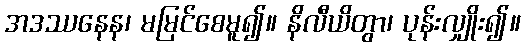
အဒဿနေန၊ မမြင်စေမူ၍။ နိလီယိတွာ၊ ပုန်းလျှိုး၍။